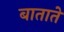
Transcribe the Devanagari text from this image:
बाताते